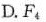
D.F_{4}